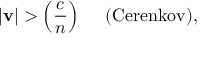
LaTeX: | { \bf v } | > \left( { \frac { c } { n } } \right) \ \ \ \ \mathrm { ( C e r e n k o v ) } ,